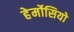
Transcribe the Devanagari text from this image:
हेर्मोसियो